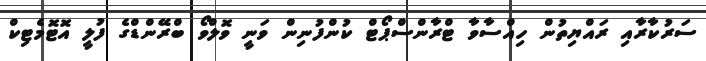
ސަރުކާރާއި ރައްޔިތުން ހިއްސާވާ ޓްރާންސްޕޯޓް ކުންފުނިން ވަނީ ވޮލްވޯ ބްރޭންޑްގެ ފުލީ އޮޓޮމެޓިކް